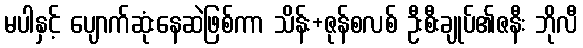
မပါနှင့် ပျောက်ဆုံးနေဆဲဖြစ်ကာ သိန်း+ဇုန်စလစ် ဦးစီးချုပ်၏ဇနီး ဘိုလီ